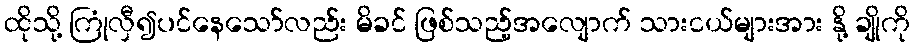
ထိုသို့ ကြုံလှီ၍ပင်နေသော်လည်း မိခင် ဖြစ်သည့်အလျောက် သားငယ်များအား နို့ ချိုကို